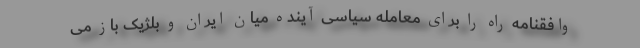
وافقنامه راه را برای معامله سیاسی آینده میان ایران و بلژیک باز می